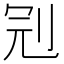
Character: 𠜍